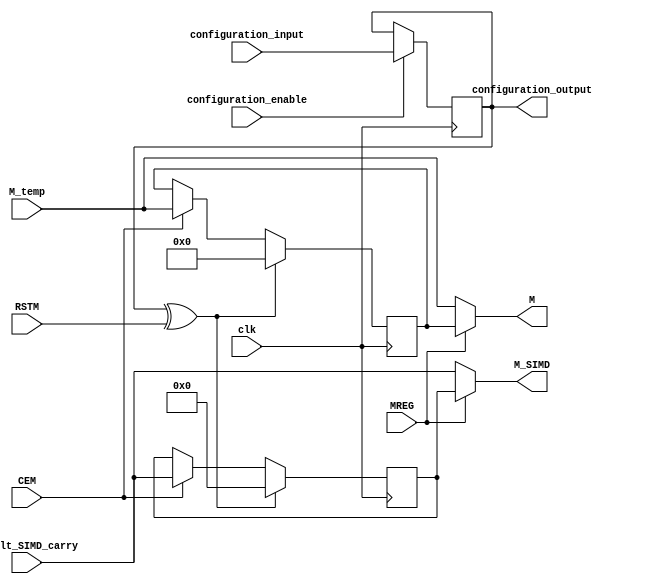
/*****************************************************************
*	Configuration bits order :
*			IS_RSTM_INVERTED <= configuration_input;
*			configuration_output = IS_RSTM_INVERTED;
*****************************************************************/
`timescale 1 ns / 100 ps   
module multiplier_output_manager_proposed (
		clk,
		
		M_temp,
		result_SIMD_carry,
		RSTM,
		CEM,
		
		MREG,
		
		M,
		M_SIMD,
		
		configuration_input,
		configuration_enable,
		configuration_output
	);	

	// parameters 
	parameter precision_loss_width = 16;
	parameter input_freezed = 1'b0;

	// input and outputs 	
	input clk;
		
	input [89:0] M_temp;
	input [precision_loss_width-1:0] result_SIMD_carry;
	input RSTM;
	input CEM;
	
	input MREG;
	
	output [89:0] M;
	output [precision_loss_width-1:0] M_SIMD;
	
	input configuration_input;
	input configuration_enable;
	output configuration_output;
	
	
	// configuring bits
	reg IS_RSTM_INVERTED;
		
	always@(posedge clk)begin
		if (configuration_enable)begin
			IS_RSTM_INVERTED <= configuration_input;
		end
	end
	assign configuration_output = IS_RSTM_INVERTED;
	
	
	// multiplier_output_manager
	reg [89:0] M_temp_reg;
	reg [15:0] result_SIMD_carry_reg;
	
	wire RSTM_xored;
	assign RSTM_xored = IS_RSTM_INVERTED ^ RSTM;
	
	always@ (posedge clk )begin
		if (RSTM_xored) begin
			M_temp_reg <= 90'b0;
			result_SIMD_carry_reg <= 16'b0;
		end
		else if (CEM) begin
			M_temp_reg <= M_temp;
			result_SIMD_carry_reg <= result_SIMD_carry;
		end
	end
	
	assign M = (MREG | input_freezed) ? M_temp_reg: M_temp;
	assign M_SIMD = (MREG | input_freezed) ? result_SIMD_carry_reg: result_SIMD_carry;
	
endmodule